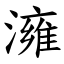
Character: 澭